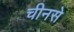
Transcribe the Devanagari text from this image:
चीनसे